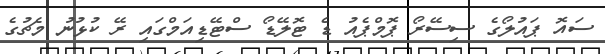
ސައޮ ޕައުލޯގެ ސިސޭރޯ ޕޮމްޕެއު ޑެ ޓޮލޭޑޯ ސްޓޭޑިއަމްގައި ރޭ ކުޅުނު މެޗުގެ